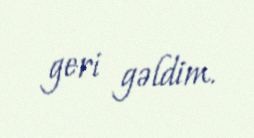
geri gəldim.